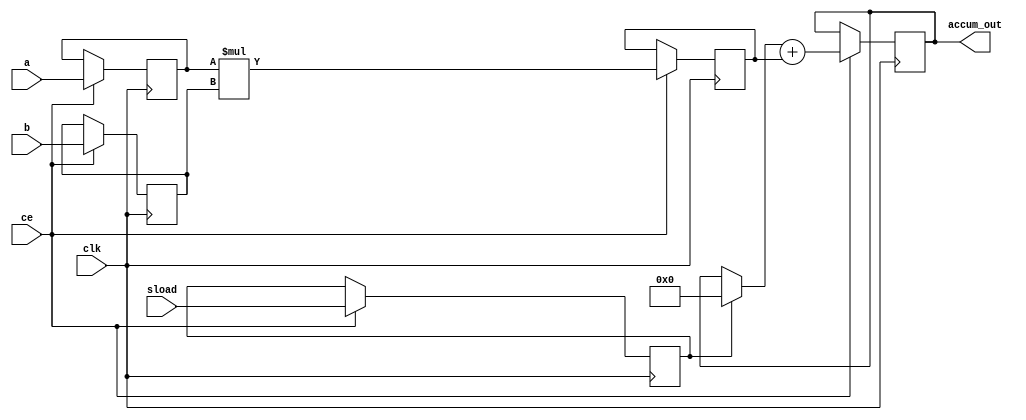
module macc # (parameter SIZEIN = 16, SIZEOUT = 40) (
	input clk, ce, sload,
	input signed [SIZEIN-1:0] a, b,
	output signed [SIZEOUT-1:0] accum_out
);
reg signed [SIZEIN-1:0] a_reg = 0, b_reg = 0;
reg sload_reg = 0;
reg signed [2*SIZEIN-1:0] mult_reg = 0;
reg signed [SIZEOUT-1:0] adder_out = 0, old_result;
always @*  begin 
	if (sload_reg)
		old_result <= 0;
	else
		old_result <= adder_out;
end
always @(posedge clk)
	if (ce)
	begin
		a_reg <= a;
		b_reg <= b;
		mult_reg <= a_reg * b_reg;
		sload_reg <= sload;
		adder_out <= old_result + mult_reg;
	end
assign accum_out = adder_out;
endmodule